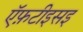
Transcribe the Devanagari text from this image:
ऍफ़टीइसइ